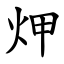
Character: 炠